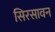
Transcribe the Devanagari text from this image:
सिरसावन